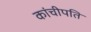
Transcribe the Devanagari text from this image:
कांचीपति